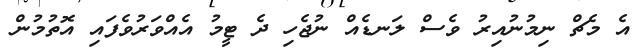
އެ މެޗް ނިމުނުއިރު ވެސް ލަނޑެއް ނުޖެހި ދެ ޓީމު އެއްވަރުވެފައި އޮތުމުން